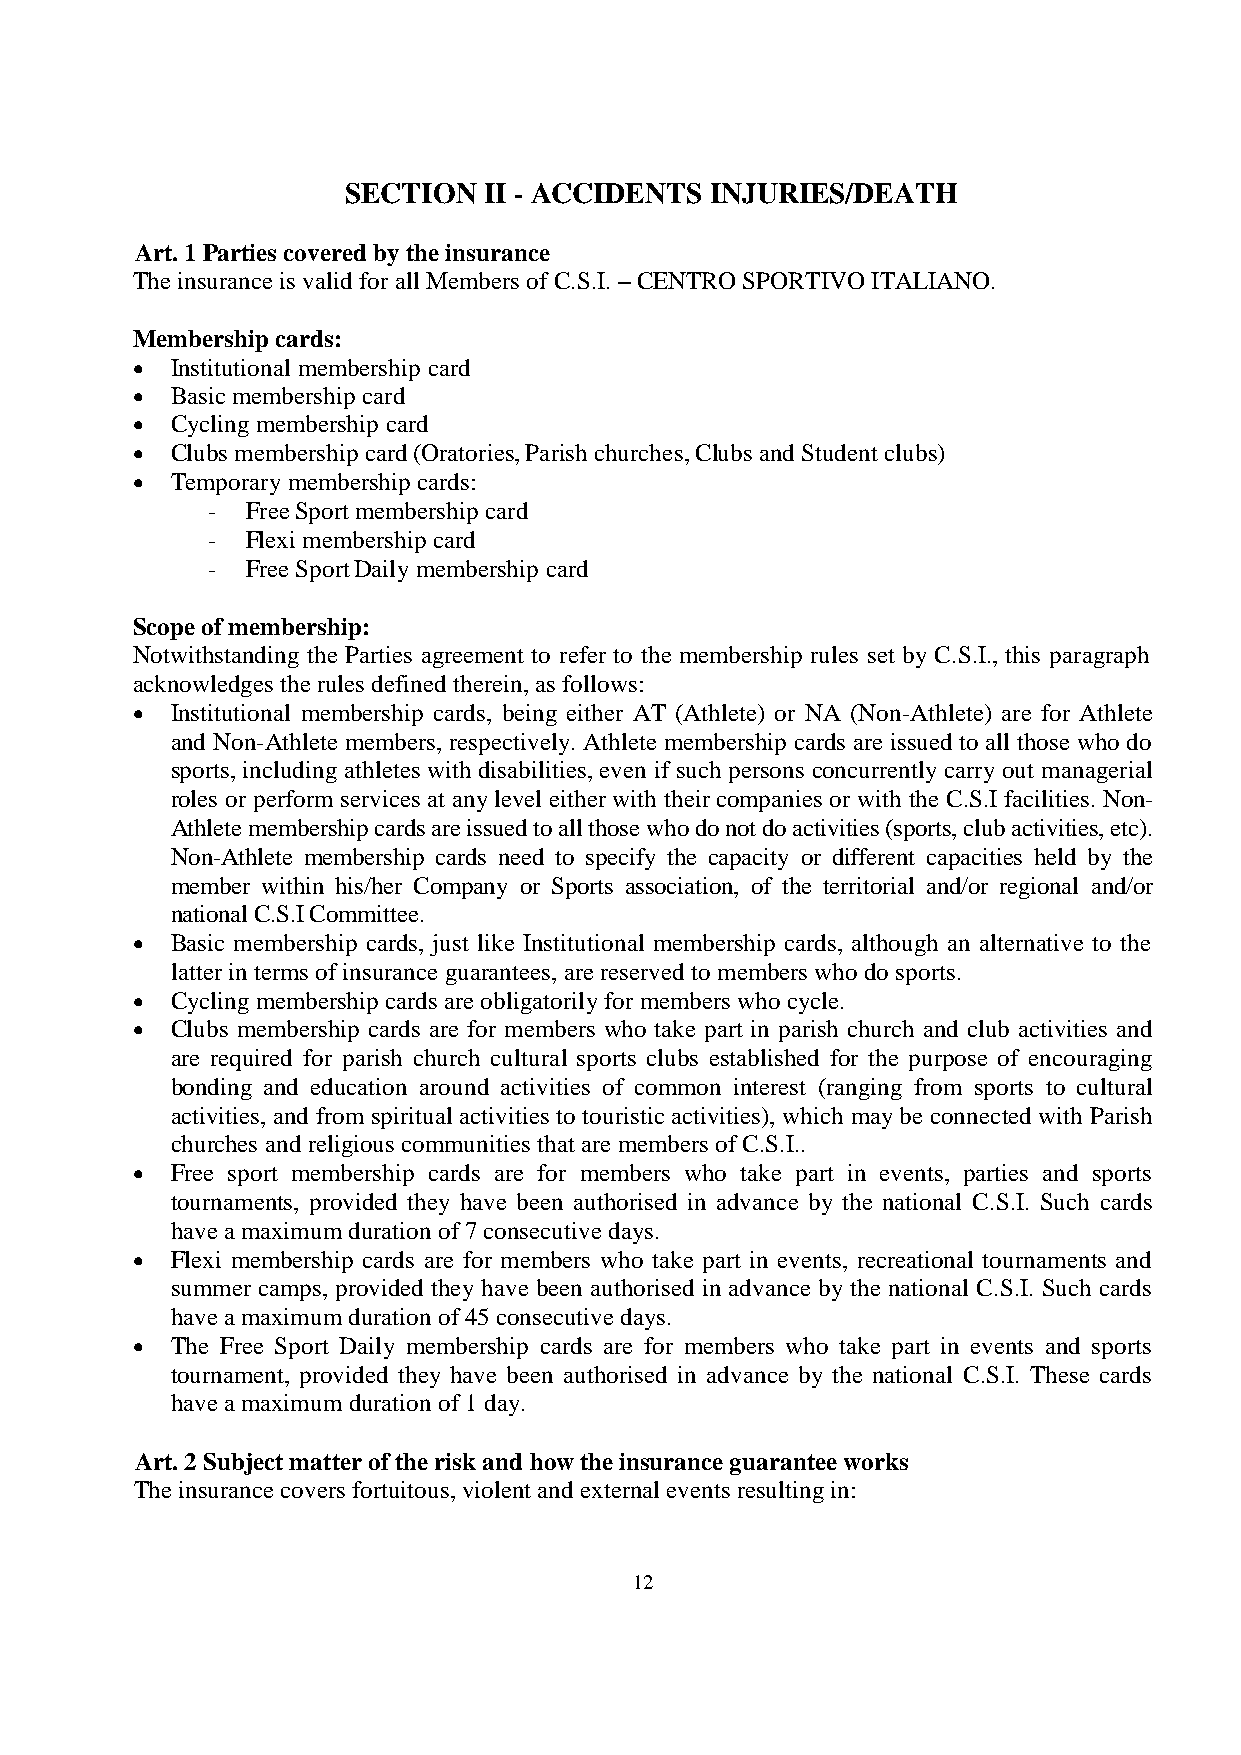
SECTION  II - ACCIDENTS INJURIES/DEATH
 Art. 1 Parties covered by the insurance
 The insurance is valid for all Members of C.S.I. – CENTRO SPORTIVO ITALIANO.
 Membership cards:
  Institutional membership card
  Basic membership card
  Cycling membership card
  Clubs membership card (Oratories, Parish churches, Clubs and Student clubs)
  Temporary membership cards:
 - Free Sport membership card
 - Flexi membership card
 - Free Sport Daily membership card
 Scope of membership:
 Notwithstanding the Parties agreement to refer to the membership rules set by C.S.I., this paragraph
 acknowledges the rules defined therein, as follows:
  Institutional membership cards, being either AT (Athlete) or NA (Non-Athlete) are for Athlete
 and Non-Athlete members, respectively. Athlete membership cards are issued to all those who do
 sports, including athletes with disabilities, even if such persons concurrently carry out managerial
 roles or perform services at any level either with their companies or with the C.S.I facilities. Non-
 Athlete membership cards are issued to all those who do not do activities (sports, club activities, etc).
 Non-Athlete membership cards need to specify the capacity or different capacities held by the
 member within his/her Company or Sports association, of the territorial and/or regional and/or
 national C.S.I Committee. 
  Basic membership cards, just like Institutional membership cards, although an alternative to the
 latter in terms of insurance guarantees, are reserved to members who do sports. 
  Cycling membership cards are obligatorily for members who cycle.
  Clubs membership cards are for members who take part in parish church and club activities and
 are required for parish church cultural sports clubs established for the purpose of encouraging
 bonding and education around activities of common interest (ranging from sports to cultural
 activities, and from spiritual activities to touristic activities), which may be connected with Parish
 churches and religious communities that are members of C.S.I..
  Free sport membership cards are for members who take part in events, parties and sports
 tournaments, provided they have been authorised in advance by the national C.S.I. Such cards
 have a maximum duration of 7 consecutive days. 
  Flexi membership cards are for members who take part in events, recreational tournaments and
 summer camps, provided they have been authorised in advance by the national C.S.I. Such cards
 have a maximum duration of 45 consecutive days. 
  The Free Sport Daily membership cards are for members who take part in events and sports
 tournament, provided they have been authorised in advance by the national C.S.I. These cards
 have a maximum duration of 1 day.
 Art. 2 Subject matter of the risk and how the insurance guarantee works
 The insurance covers fortuitous, violent and external events resulting in:
 12